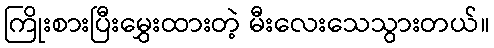
ကြိုးစားပြီးမွှေးထားတဲ့ မီးလေးသေသွားတယ်။